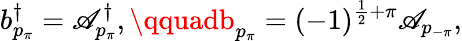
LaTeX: b_{p_{\pi}}^{\dagger}=\mathscr{A}_{p_{\pi}}^{\dagger},\qquadb_{p_{\pi}}=(-1)^{\frac{{1}}{{2}}+\pi}\mathscr{A}_{p_{-\pi}},